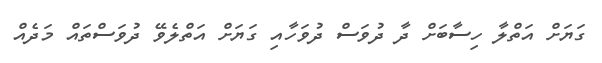
ގަޔަށް އަތްލާ ހިސާބަަށް ދާ ދުވަސް ދުވަހާއި ގަޔަށް އަތްލެވޭ ދުވަސްތައް މަދެއް